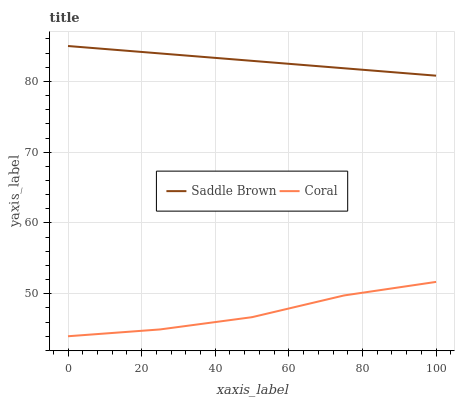
| xaxis_label | Saddle Brown | Coral |
 | --- | --- | --- |
 | 0 | 85 | 44 |
 | 25 | 84 | 45 |
 | 50 | 82.9 | 46.7 |
 | 75 | 81.9 | 49.8 |
 | 100 | 80.8 | 51.7 |